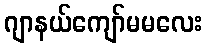
ဂျာနယ်ကျော်မမလေး